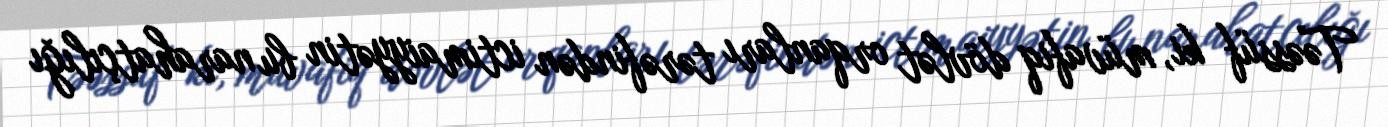
Təəssüf ki, müvafiq dövlət orqanları tərəfindən ictimaiyyətin bu narahatçılığı